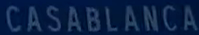
CASABLANCA